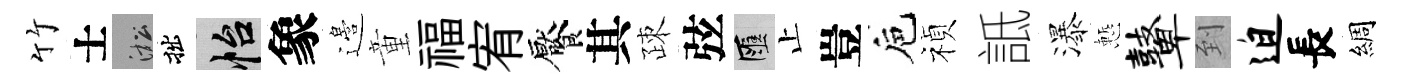
竹士淞拙怡象邉童福宥饜其疎弦匯止豈巵禎詆瀑慙鼙到迫長綢